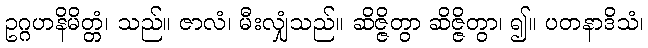
ဥဂ္ဂဟနိမိတ္တံ၊ သည်။ ဇာလံ၊ မီးလျှံသည်။ ဆိဇ္ဇိတွာ ဆိဇ္ဇိတွာ၊ ၍။ ပတနာဒိသံ၊